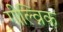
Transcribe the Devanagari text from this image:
गील्व्निक